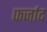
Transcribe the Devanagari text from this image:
फर्जाद